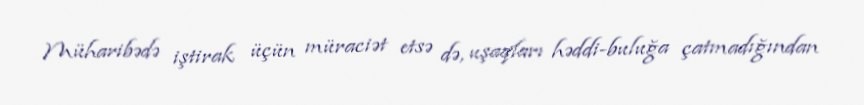
Müharibədə iştirak üçün müraciət etsə də, uşaqları həddi-buluğa çatmadığından